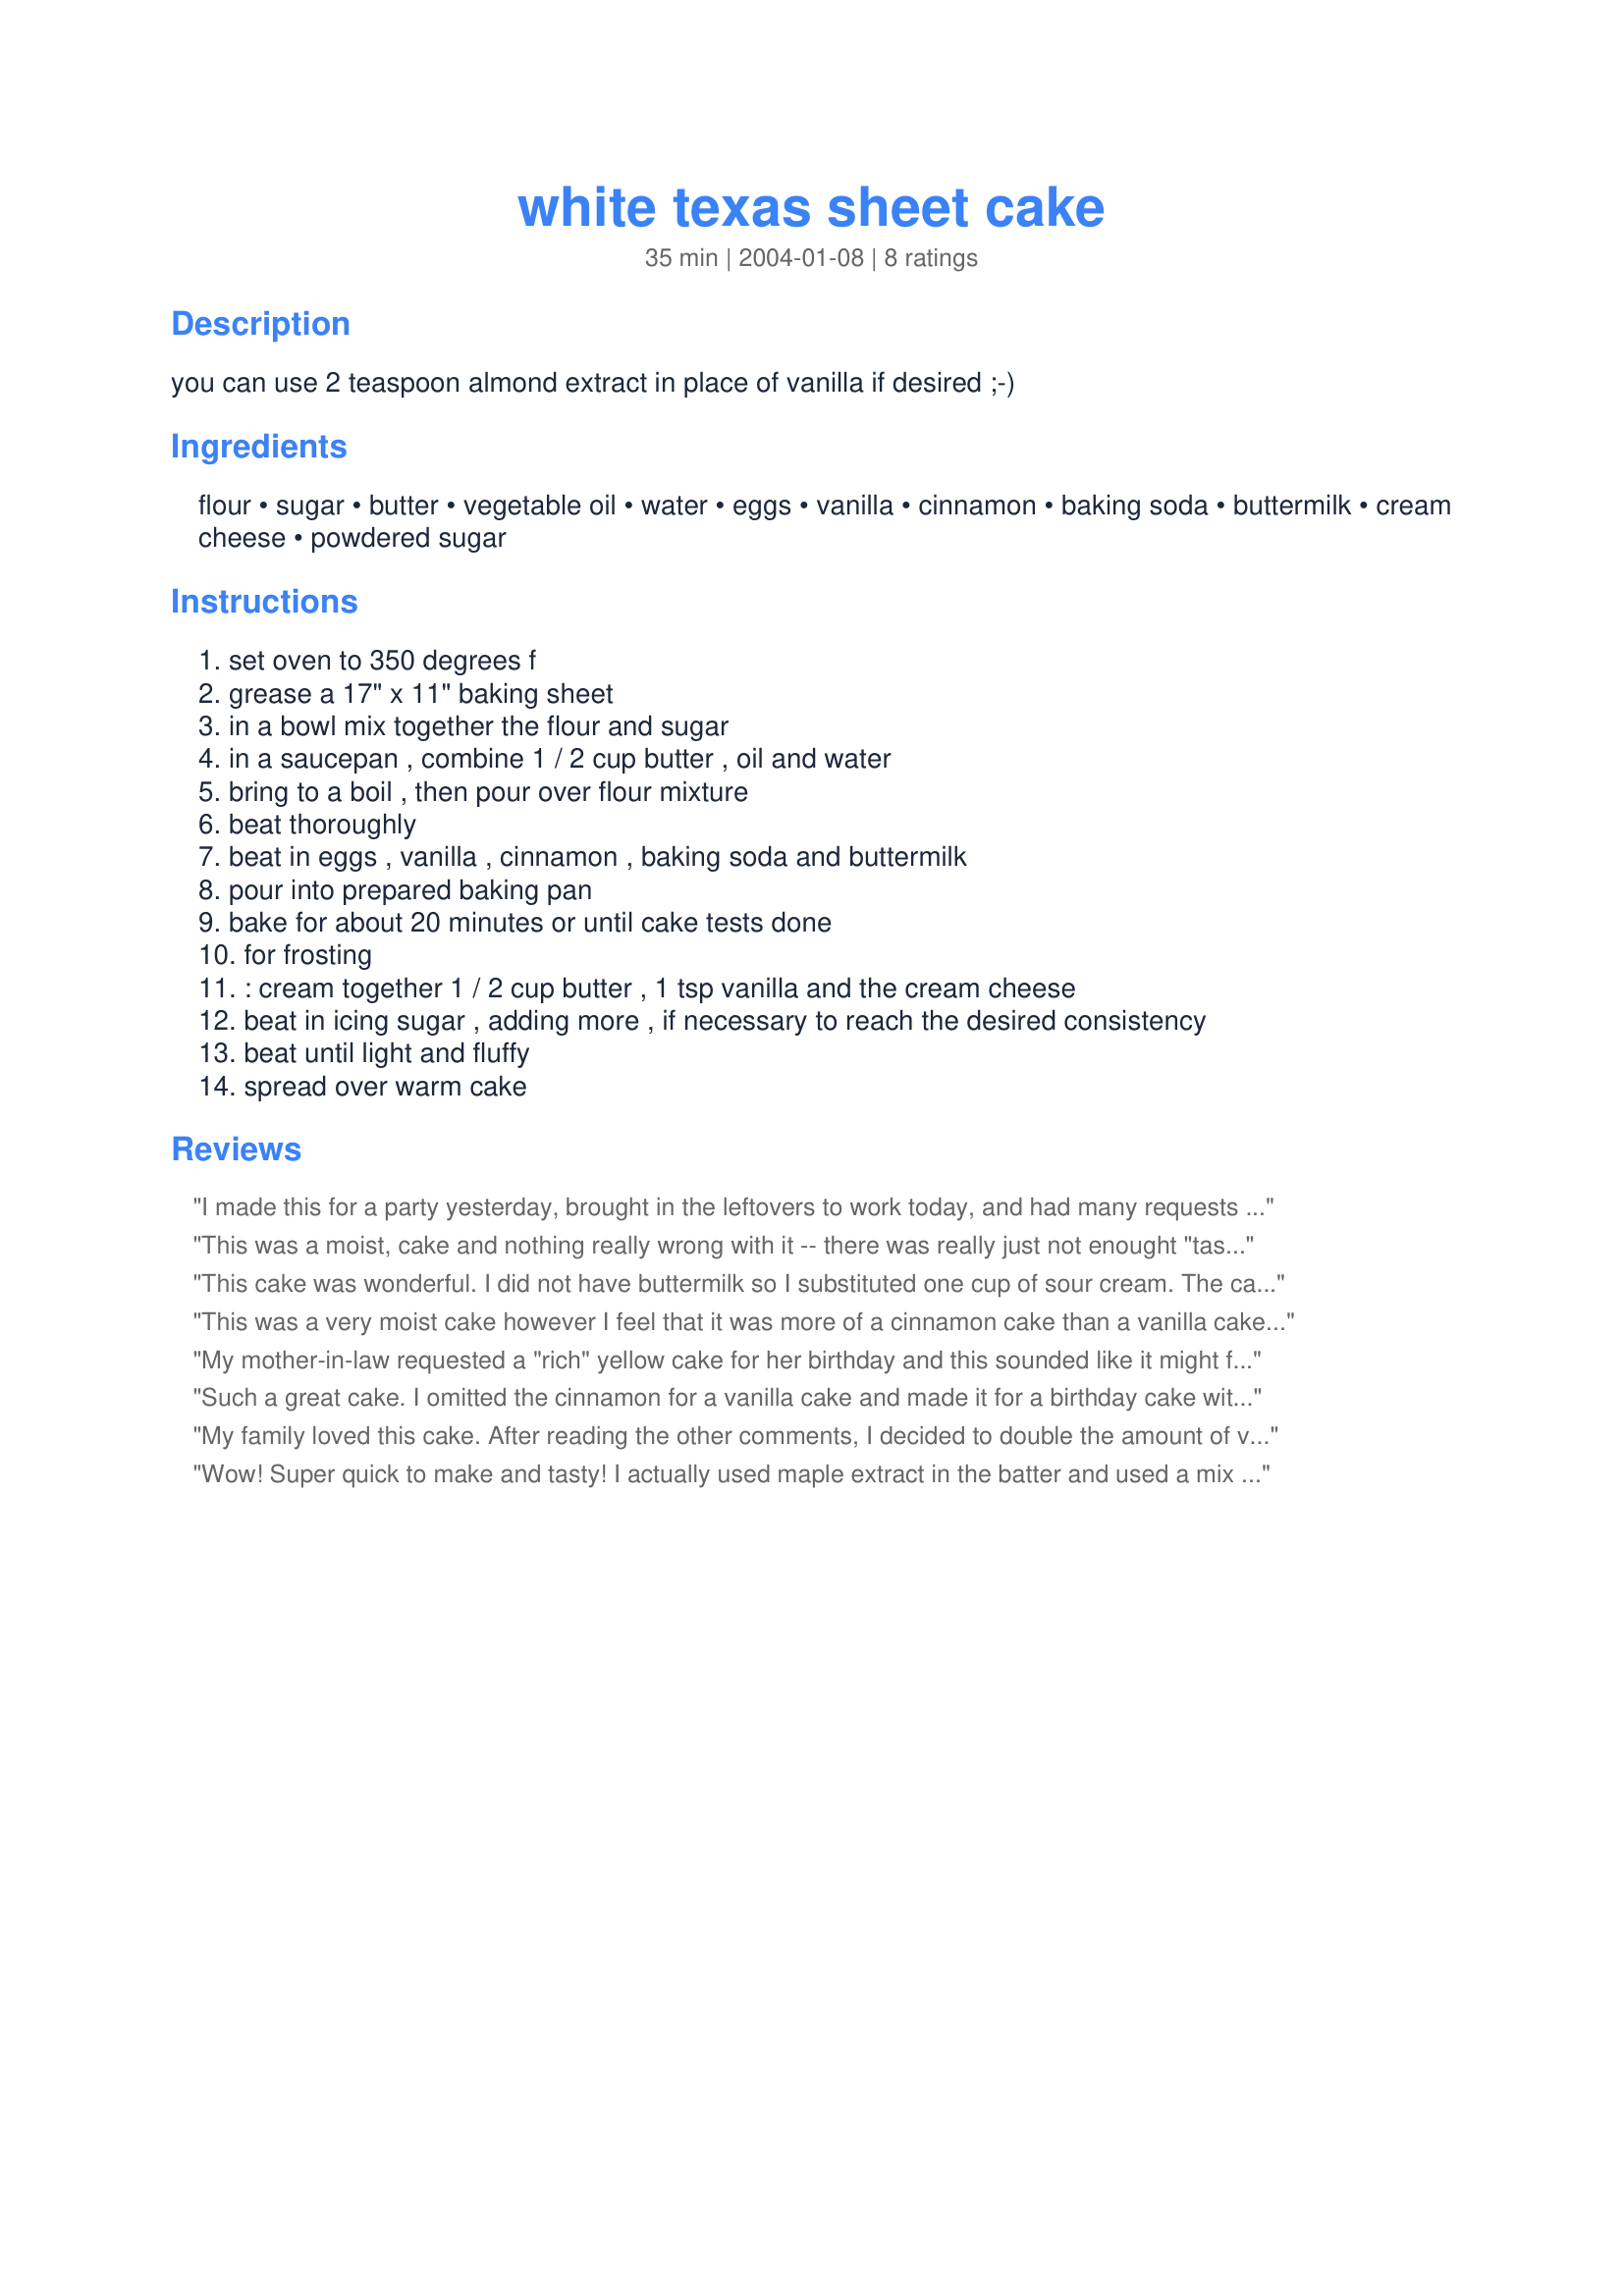
white texas sheet cake
Preparation time: 35 minutes

you can use 2 teaspoon almond extract in place of vanilla if desired ;-)

Ingredients:
flour, sugar, butter, vegetable oil, water, eggs, vanilla, cinnamon, baking soda, buttermilk, cream cheese, powdered sugar

Steps:
set oven to 350 degrees f
grease a 17" x 11" baking sheet
in a bowl mix together the flour and sugar
in a saucepan , combine 1 / 2 cup butter , oil and water
bring to a boil , then pour over flour mixture
beat thoroughly
beat in eggs , vanilla , cinnamon , baking soda and buttermilk
pour into prepared baking pan
bake for about 20 minutes or until cake tests done
for frosting
: cream together 1 / 2 cup butter , 1 tsp vanilla and the cream cheese
beat in icing sugar , adding more , if necessary to reach the desired consistency
beat until light and fluffy
spread over warm cake

Reviews:
I made this for a party yesterday, brought in the leftovers to work today, and had many requests for the recipe. I think it's even better the second or third day (stored in fridge). I don't think it needed more cinnamon or vanilla, and I used low-fat cream cheese. Really yummy!
This was a moist, cake and nothing really wrong with it -- there was really just not enought "taste" for us. I will try it again, but add more cinnamon and more vanilla.
This cake was wonderful. I did not have buttermilk so I substituted one cup of sour cream. The cake was done beautifully in 20 minutes and I quick cooked it in the freezer. We frostened it with the delicous frostening recipe you provided and from start to finish...we were all enjoying a slice in under an hour! Hats off to you! Thanks!!!!
This was a very moist cake however I feel that it was more of a cinnamon cake than a vanilla cake. I was expecting a rich vanilla taste and it tasted like just cinnamon. I think the chocolate version is so good because there is just a hint of cinnamon.
My mother-in-law requested a "rich" yellow cake for her birthday and this sounded like it might fit the bill. It was ok, but not exactly what I expected. It reminded us of a carrot cake without the carrots. It had a good cinnamon flavor, but the vanilla didn't really stand out. Just not enough "yuummmmm!" for the calories.
Such a great cake. I omitted the cinnamon for a vanilla cake and made it for a birthday cake with buttercream frosting. Melted butter in the microwave, used hot water and wisked the rest together. The kids loved it!
My family loved this cake.

After reading the other comments, I decided to double the amount of vanilla and cinnamon, and it was delicious.

Next time I make it, I'm going try almond extract instead of vanilla, which I think will be good, too.
Wow! Super quick to make and tasty! I actually used maple extract in the batter and used a mix of vanilla/maple in the frosting. Will definitely be making this again. Would be a very quick and easy dessert for a large group. I think chopped pecans would be great on top, but my kids won't eat nuts. Thanks!
